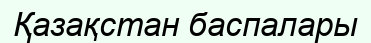
Қазақстан баспалары